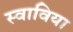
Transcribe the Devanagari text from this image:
स्वाविया